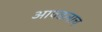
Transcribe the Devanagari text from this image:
आवडलाच